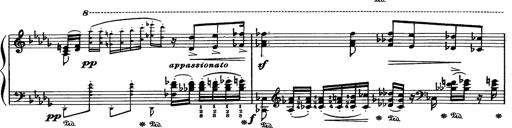
Title: Paraphrase de concert sur Rigoletto
Composer: Franz Liszt